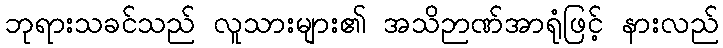
ဘုရားသခင်သည် လူသားများ၏ အသိဉာဏ်အာရုံဖြင့် နားလည်